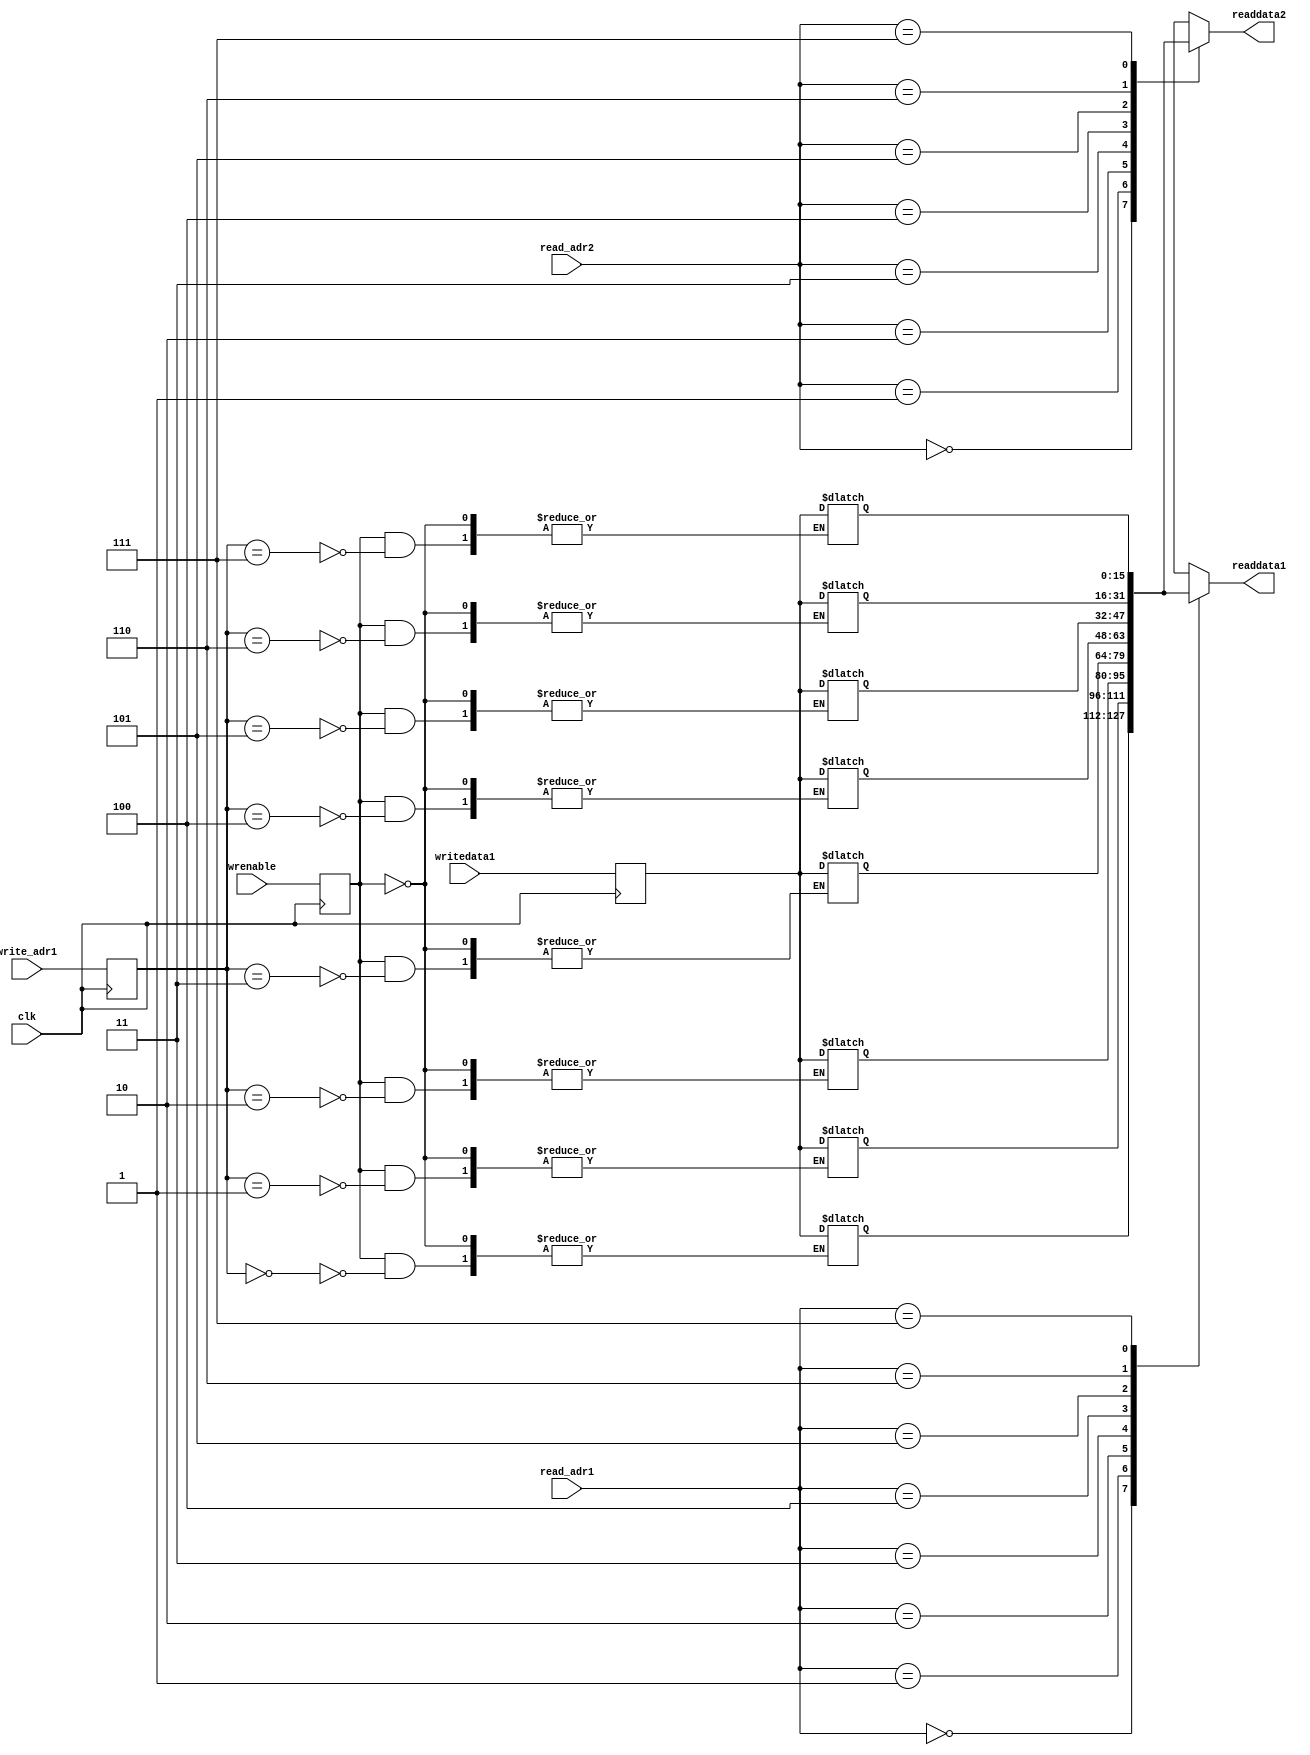
module Registers(  //1readdata
	input clk,
	input [2:0] read_adr1,
	input [2:0] read_adr2,
	input [2:0] write_adr1,
	input [15:0] writedata1,
	input wrenable,
	output [15:0] readdata1,
	output [15:0] readdata2
    );
    
	reg [15:0] Regsmem [0:7];
	reg Wrenable;
	reg [2:0] Write_adr1;
	reg [15:0] Writedata1;
		initial begin//8
		Wrenable = 1'b0;
		Regsmem[0] = 16'b0000000000000010;
		Regsmem[1] = 16'b0000000000001000;//8
		Regsmem[2] = 16'b0000000000000000;
		Regsmem[3] = 16'b0000000000000000;
		Regsmem[4] = 16'b0000000000000000;
		Regsmem[5] = 16'b0000000000000000;
		Regsmem[6] = 16'b0000000000000000;
		Regsmem[7] = 16'b0000000000000000;
	end
	
	always@(posedge clk)
	begin
		Wrenable <= wrenable;
		Write_adr1 <= write_adr1;
		Writedata1 <= writedata1;
	end
	
	always@(*)
	begin
		if(Wrenable)
			Regsmem[Write_adr1] <= Writedata1;
	end
	
	assign readdata1 = Regsmem[read_adr1];
	assign readdata2 = Regsmem[read_adr2];
	
	
endmodule